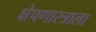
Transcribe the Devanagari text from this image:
क्षेपणास्त्राला